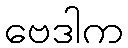
ဗေဒါက